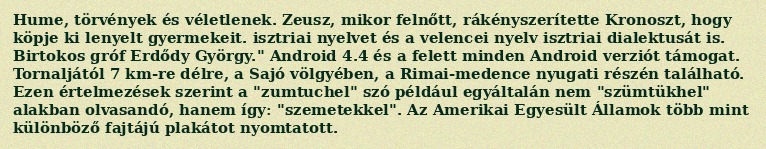
Hume, törvények és véletlenek. Zeusz, mikor felnőtt, rákényszerítette Kronoszt, hogy köpje ki lenyelt gyermekeit. isztriai nyelvet és a velencei nyelv isztriai dialektusát is. Birtokos gróf Erdődy György." Android 4.4 és a felett minden Android verziót támogat. Tornaljától 7 km-re délre, a Sajó völgyében, a Rimai-medence nyugati részén található. Ezen értelmezések szerint a "zumtuchel" szó például egyáltalán nem "szümtükhel" alakban olvasandó, hanem így: "szemetekkel". Az Amerikai Egyesült Államok több mint különböző fajtájú plakátot nyomtatott.